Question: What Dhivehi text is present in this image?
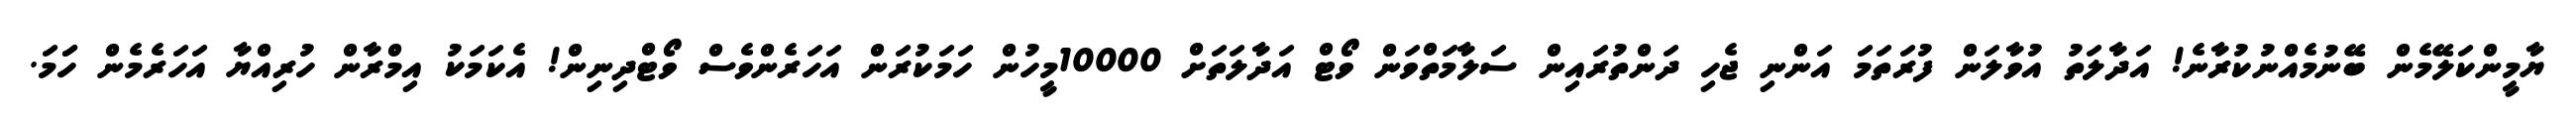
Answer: ޔާމީންކަލޭމެން ބޭނުމެއްނުކުރާނެ! އަދާލަތު އުވާލަން ފުރަތަމަ އަންނި ޖެހި ދަންތުރައިން ސަލާމަތްވަން ވޯޓް އަދާލަތަށް 10000މީހުން ހަމަކުރަން އަހަރެންވެސް ވޯޓްދިނިން! އެކަމަކު އިމްރާން ހުރިއްޔާ އަހަރެމެން ހަަމަ.